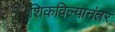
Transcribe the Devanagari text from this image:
शिकविल्यानंतर